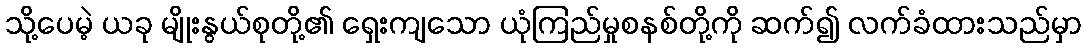
သို့ပေမဲ့ ယခု မျိုးနွယ်စုတို့၏ ရှေးကျသော ယုံကြည်မှုစနစ်တို့ကို ဆက်၍ လက်ခံထားသည်မှာ